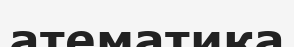
атематика